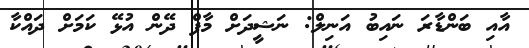
އާއި ބަންޑާރަ ނައިބު އަނިލް: ނަޝީދަށް މާފް ދޭން އުޅޭ ކަމަށް ދައްކާ